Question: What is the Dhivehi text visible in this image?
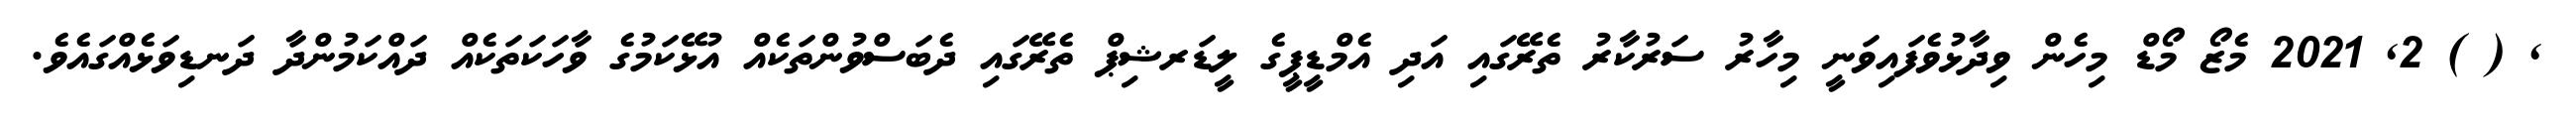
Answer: , ( ) 2, 2021 މެޒޯ މޯޑް މިހެން ވިދާޅުވެފައިވަނީ މިހާރު ސަރުކާރު ތެރޭގައި އަދި އެމްޑީޕީގެ ލީޑަރޝިޕް ތެރޭގައި ދެބަސްވުންތަކެއް އުޅޭކަމުގެ ވާހަކަތަކެއް ދައްކަމުންދާ ދަނޑިވަޅެއްގައެވެ.